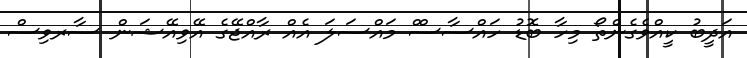
އަދީބު ކީއްވެގެންތޯ މިހާ ބޮޑު ހައްސާސްް މައްސަލަ އެއް ރާއްޖޭގެ އޭވިއޭޝަން ސާރވިސް